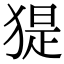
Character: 𤟥